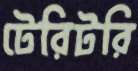
টেরিটরি